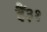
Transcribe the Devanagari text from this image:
हैं३१